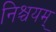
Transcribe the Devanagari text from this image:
निश्चयम्